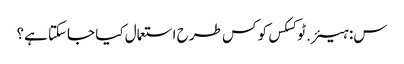
س: ہیئر.ٹوکسکس کو کس طرح استعمال کیا جاسکتا ہے؟